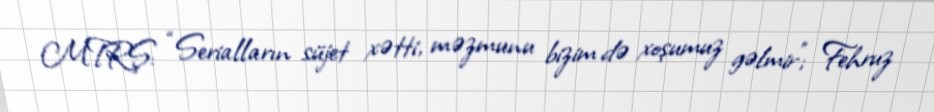
MTRŞ: “Serialların süjet xətti, məzmunu bizim də xoşumuz gəlmir”; Fehruz